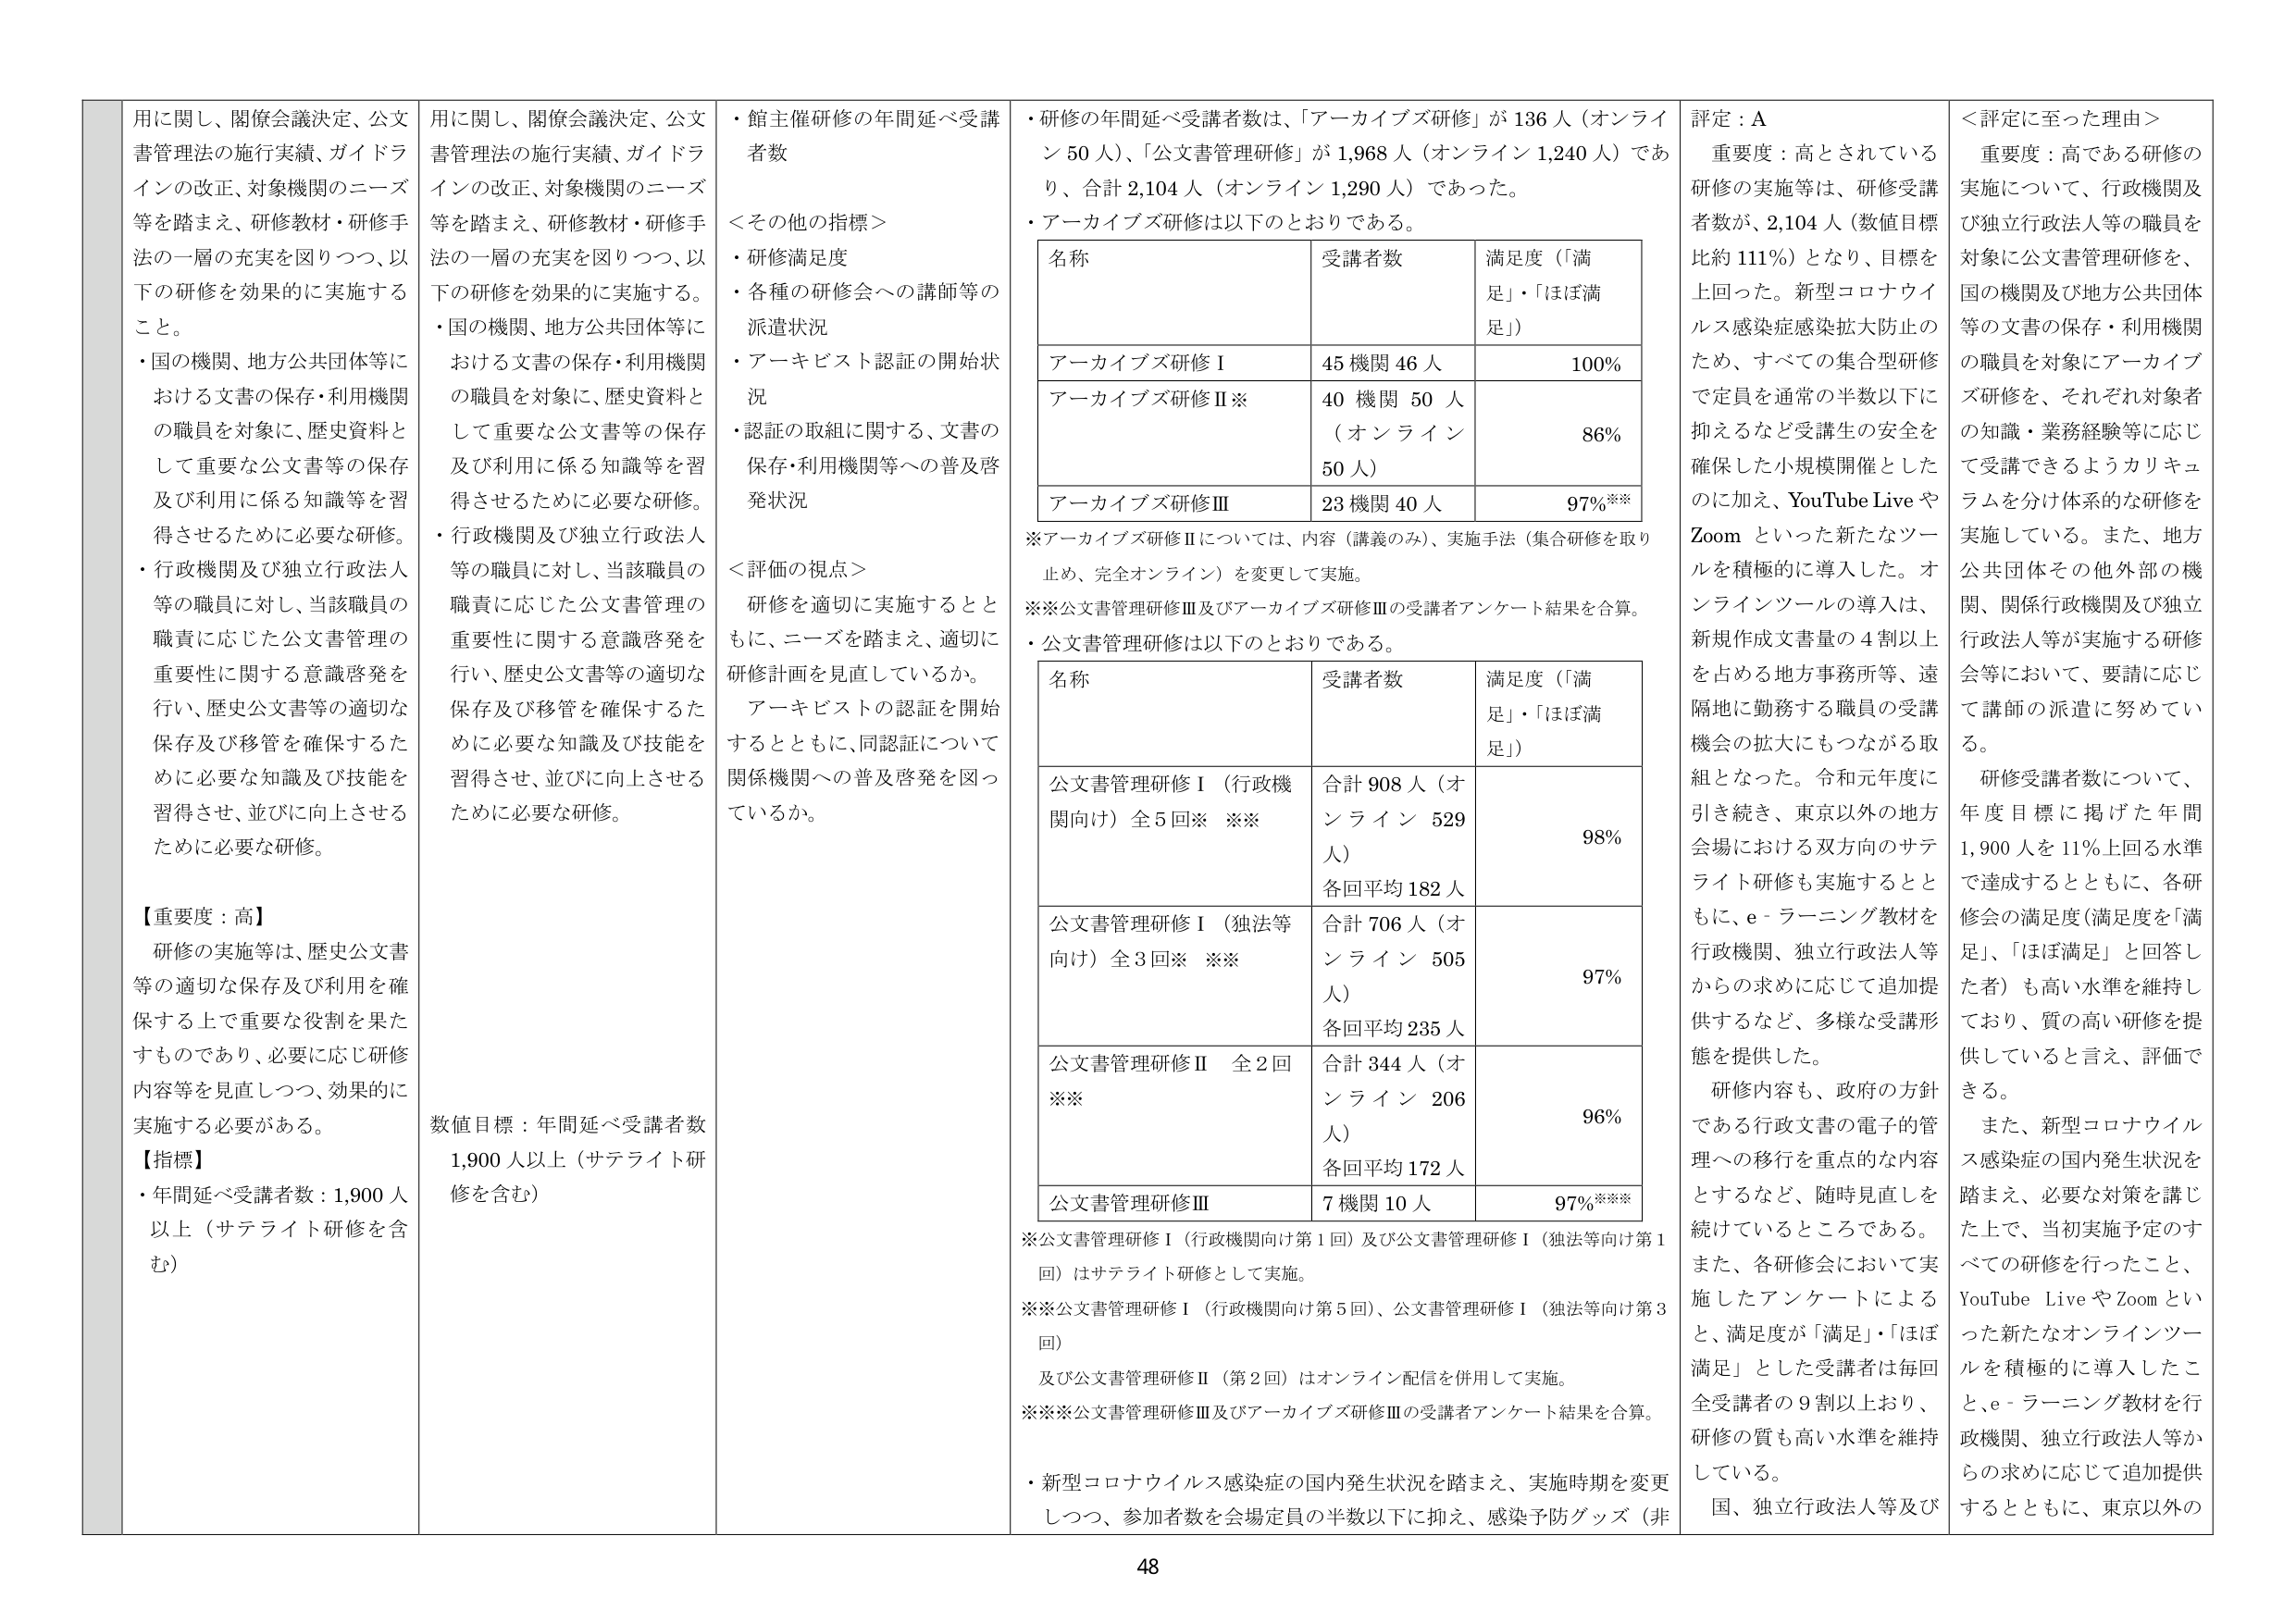
用に関し、関係会議決定、公文書管理法の施行実績、ガイドラインの改正、対象機関のニーズ等を踏まえ、研修教材・研修手法の一層の充実を図りつつ、以下の研修を効果的に実施すること。
・国の機関、地方公共団体等における文書の保存・利用機関の職員を対象に、歴史資料として重要な公文書等の保存及び利用に係る知識等を習得させるために必要な研修。
・行政機関及び独立行政法人等の職員に対し、当該職員の職責に応じた公文書管理の重要性に関する意識啓発を行い、歴史公文書等の適切な保存及び移管を確保するために必要な知識及び技能を習得させ、並びに向上させるために必要な研修。

【重要度：高】
研修の実施等は、歴史公文書等の適切な保存及び利用を確保する上で重要な役割を果たすものであり、必要に応じ研修内容等を見直しつつ、効果的に実施する必要がある。

【指標】
・年間延べ受講者数：1,900人以上（サテライト研修を含む）

用に関し、関係会議決定、公文書管理法の施行実績、ガイドラインの改正、対象機関のニーズ等を踏まえ、研修教材・研修手法の一層の充実を図りつつ、以下の研修を効果的に実施する。
・国の機関、地方公共団体等における文書の保存・利用機関の職員を対象に、歴史資料として重要な公文書等の保存及び利用に係る知識等を習得させるために必要な研修。
・行政機関及び独立行政法人等の職員に対し、当該職員の職責に応じた公文書管理の重要性に関する意識啓発を行い、歴史公文書等の適切な保存及び移管を確保するために必要な知識及び技能を習得させ、並びに向上させるために必要な研修。

数値目標：年間延べ受講者数1,900人以上（サテライト研修を含む）

・館主催研修の年間延べ受講者数
＜その他の指標＞
・研修満足度
・各種の研修会への講師等の派遣状況
・アーキビスト認証の開始状況
・認証の取組に関する、文書の保存・利用機関等への普及啓発状況

＜評価の視点＞
研修を適切に実施するとともに、ニーズを踏まえ、適切に研修計画を見直しているか。
アーキビストの認証を開始するとともに、同認証について関係機関への普及啓発を図っているか。

・研修の年間延べ受講者数は、「アーカイブズ研修」が136人（オンライン50人）、「公文書管理研修」が1,968人（オンライン1,240人）であり、合計2,104人（オンライン1,290人）であった。
・アーカイブズ研修は以下のとおりである。

名称　　　　　　　　　　　受講者数　　　　　　　満足度（「満足」・「ほぼ満足」）
アーカイブズ研修Ⅰ　　　　45機関46人　　　　　　100%
アーカイブズ研修Ⅱ※　　　40機関50人　　　　　　86%
　　　　　　　　　　　　（オンライン50人）
アーカイブズ研修Ⅲ　　　　23機関40人　　　　　　97%※※

※アーカイブズ研修Ⅱについては、内容（講義のみ）、実施手法（集合研修を取り止め、完全オンライン）を変更して実施。
※※公文書管理研修Ⅲ及びアーカイブズ研修Ⅲの受講者アンケート結果を合算。

・公文書管理研修は以下のとおりである。

名称　　　　　　　　　　　受講者数　　　　　　　満足度（「満足」・「ほぼ満足」）
公文書管理研修Ⅰ（行政機関向け）全5回※　※※　合計908人（オンライン529人）　　　　　98%
　　　　　　　　　　　　　　　　　　　　　　　　各回平均182人
公文書管理研修Ⅰ（独法等向け）全3回※　※※　合計706人（オンライン505人）　　　　　97%
　　　　　　　　　　　　　　　　　　　　　　　　各回平均235人
公文書管理研修Ⅱ　全2回※※　　　　　　　　　　合計344人（オンライン206人）　　　　　96%
　　　　　　　　　　　　　　　　　　　　　　　　各回平均172人
公文書管理研修Ⅲ　　　　　　　　　　　　　　　　7機関10人　　　　　　　　　　　　　　97%※※※

※公文書管理研修Ⅰ（行政機関向け第1回）及び公文書管理研修Ⅰ（独法等向け第1回）はサテライト研修として実施。
※※公文書管理研修Ⅰ（行政機関向け第5回）、公文書管理研修Ⅰ（独法等向け第3回）及び公文書管理研修Ⅱ（第2回）はオンライン配信を併用して実施。
※※※公文書管理研修Ⅲ及びアーカイブズ研修Ⅲの受講者アンケート結果を合算。

・新型コロナウイルス感染症の国内発生状況を踏まえ、実施時期を変更しつつ、参加者数を会場定員の半数以下に抑え、感染予防グッズ（非

評定：A
重要度：高とされている研修の実施等は、研修受講者数が、2,104人（数値目標比約111%）となり、目標を上回った。新型コロナウイルス感染症感染拡大防止のため、すべての集合型研修で定員を通常の半数以下に抑えるなど受講生の安全を確保した小規模開催としたのに加え、YouTube LiveやZoomといった新たなツールを積極的に導入した。オンラインツールの導入は、新規作成文書量の4割以上を占める地方事務所等、遠隔地に勤務する職員の受講機会の拡大にもつながる取組となった。令和元年度に引き続き、東京以外の地方会場における双方向のサテライト研修も実施するとともに、e-ラーニング教材を行政機関、独立行政法人等からの求めに応じて追加提供するなど、多様な受講形態を提供した。
研修内容も、政府の方針である行政文書の電子的管理への移行を重点的な内容とするなど、随時見直しを続けているところである。また、各研修会において実施したアンケートによると、満足度が「満足」・「ほぼ満足」とした受講者は毎回全受講者の9割以上おり、研修の質も高い水準を維持している。
国、独立行政法人等及び

＜評定に至った理由＞
重要度：高である研修の実施について、行政機関及び独立行政法人等の職員を対象に公文書管理研修を、国の機関及び地方公共団体等の文書の保存・利用機関の職員を対象にアーカイブズ研修を、それぞれ対象者の知識・業務経験等に応じて受講できるようカリキュラムを分け体系的な研修を実施している。また、地方公共団体その他外部の機関、関係行政機関及び独立行政法人等が実施する研修会等において、要請に応じて講師の派遣に努めている。
研修受講者数について、年度目標に掲げた年間1,900人を11%上回る水準で達成するとともに、各研修会の満足度（満足度を「満足」、「ほぼ満足」と回答した者）も高い水準を維持しており、質の高い研修を提供していると言え、評価できる。
また、新型コロナウイルス感染症の国内発生状況を踏まえ、必要な対策を講じた上で、当初実施予定のすべての研修を行ったこと、YouTube LiveやZoomといった新たなオンラインツールを積極的に導入したこと、e-ラーニング教材を行政機関、独立行政法人等からの求めに応じて追加提供するとともに、東京以外の

48